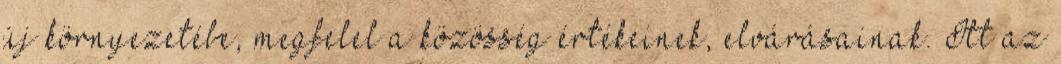
új környezetébe, megfelel a közösség értékeinek, elvárásainak. Itt az